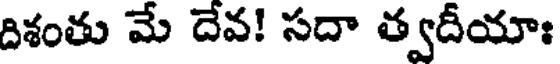
దిశంతు మే దేవ! సదా త్వదీయాః